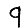
Digit: 9